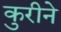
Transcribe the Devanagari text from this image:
कुरीने